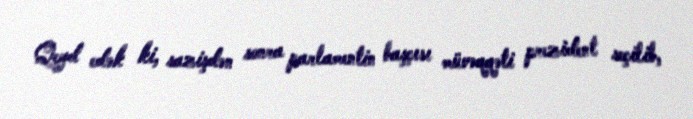
Qeyd edək ki, sazişdən sonra parlamentin başçısı müvəqqəti prezident seçilib,